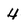
Character: 4